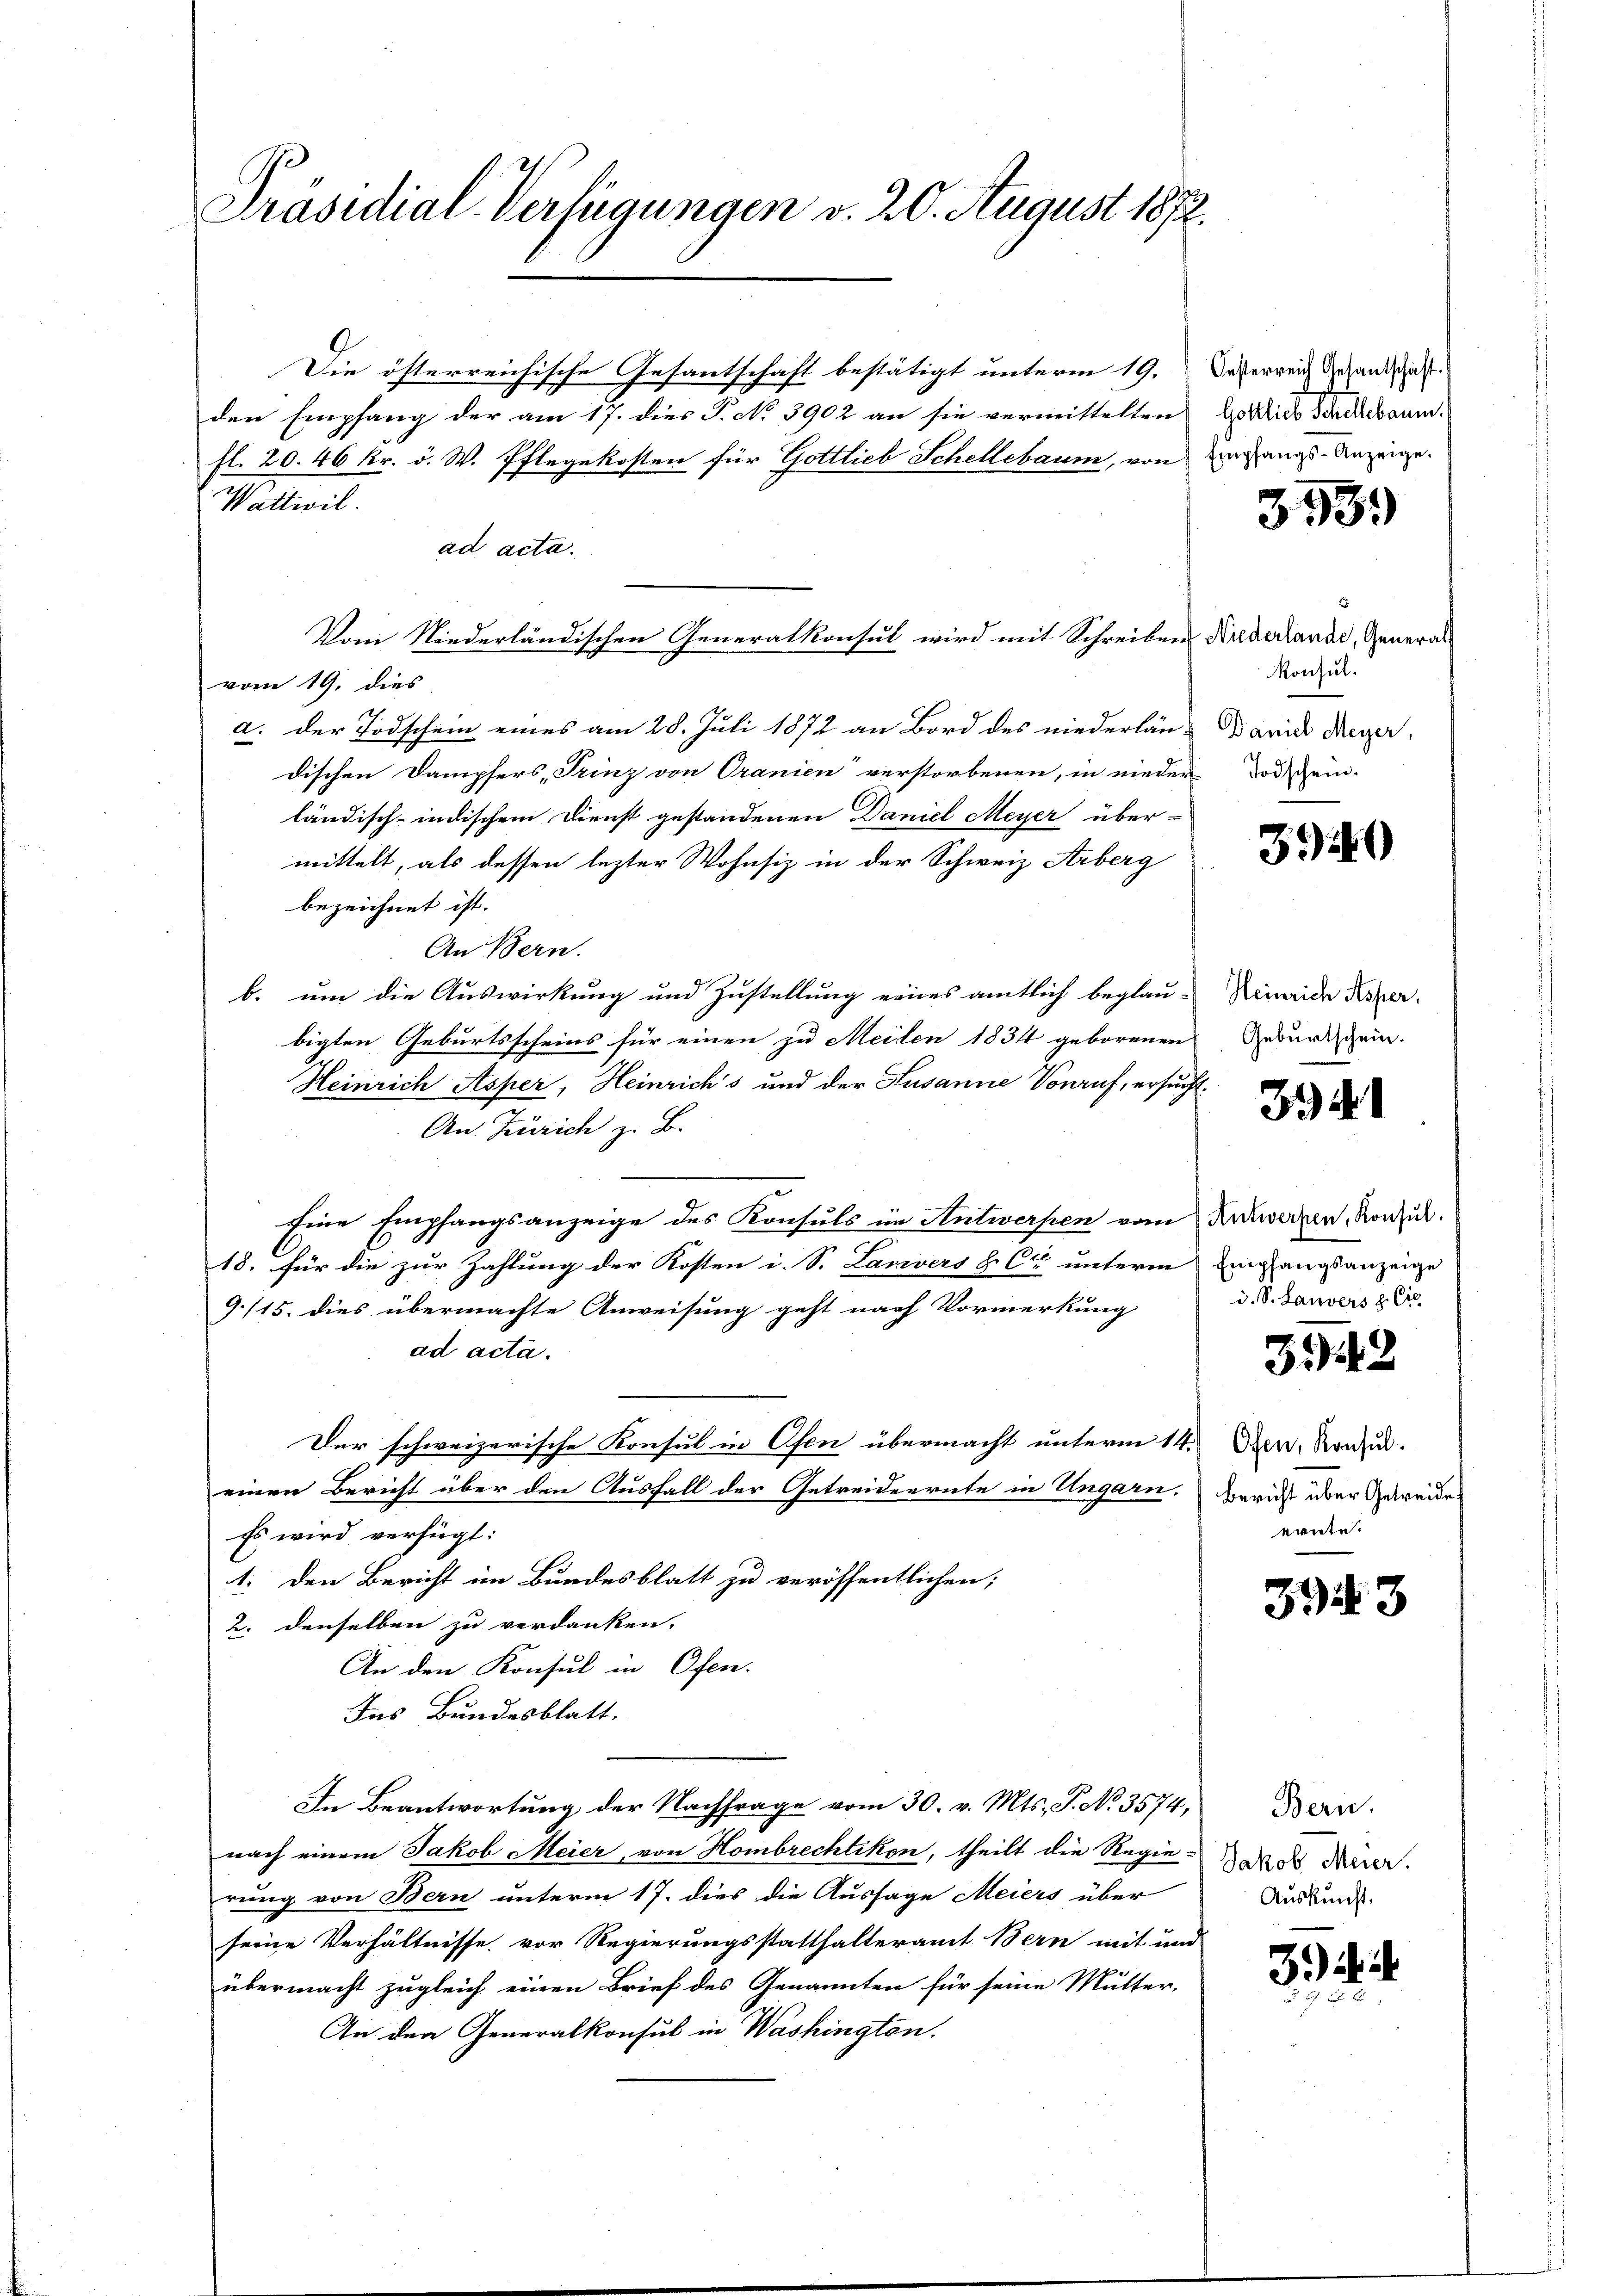
Präsidial-Verfügungen v. 20. August 1872.

Die österreichische Gesantschaft bestätigt unterm 19. Dasserreich gehanden
den Empfang der am 17. dies P. No 3902 an sie vermittelten dies Stadtbaumfl. 20. 46 kr. v. W. Pflegekosten für Gottlieb Schellebaum, von Eingangs-Anzeige.
Wattivil.
ad acta.
Vom Niederländischen Generalkonsul wird mit Schreiben Niederlande, Generalvom 19. dies
a. der Todschein eines am 28. Juli 1872 an Bord des niederlan-Band Meyer,
dischen Dampfers, Trinz von Oranien verstorbenen, in nieder dass ein-
ländisch-indischem Dienst gestandenen Daniel Meyer über-
mittelt, als dessen lezter Wohnsiz in der Schweiz. Arberg
bezeichnet ist.
An Bern.
b. um die Auswirkung und Zustellung eines amtlich beglau-
bigten Geburtsscheins für einen zu Meilen 1834 geborenen
Heinrich Asper, Heinrich's und der Susanne Vorruf, ersuch
An Zürich z. B.
Eine Empfangsanzeige des Konsuls im Antwerpen vom Reckwerken, Konsul
18. für die zur Zahlung der Kosten i. S. Lanvers & Cie unterm Umgangsanzeige
9./15. dies übermachte Anweisung geht nach Vormerkung
ad acta.
Der schweizerische Konsul in Ofen übermacht unterm 14. Jun. Konsu
einen Bericht über den Ausfall der Getreideerute in Ungarn.
Es wird verfügt:
1. den Bericht im Bundesblatt zu veröffentlichen;
2. denselben zu verdanken.
An den Konsul in Ofen.
Ins Bundesblatt.
In Beantwortung der Nachfrage vom 30. v. Mts. S. No 3574,
nach einem Jakob Meier, von Hombrechtikon, theilt die Regie-
rung von Bern unterm 17. dies die Aussage Meiers über
seine Verhältnisse vor Regierungsstatthalteramt Bern mit im
übermacht zugleich einen Brief des Genannten für seine Mutter-
An den Generalkonsul in Washington.

3939

Konsul.

3940

Heinrich Asper.
Geburtschein.

394

d. S. Lanvers & Cie

343

Bericht über Getreide
ernte.

393

Bern.
Jakob Meier.
Auskunft.

3).